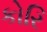
કોરિ